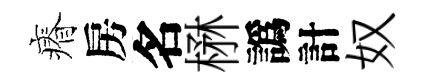
瘠房名楙譌計奴